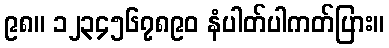
၉၈။ ၁၂၃၄၅၆၇၈၉၀ နံပါတ်ပါကတ်ပြား။